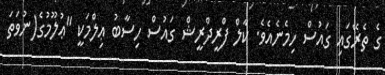
ގެ ތެރޭގައި ގައުސް ހިމެނެއެވެ. ކާލް ފްރީދްރީޝް ގައުސް ހިސާބު ޢިލްމަކީ "ޢުލޫމުގެ(ނުވަތަ